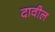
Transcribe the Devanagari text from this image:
दावील